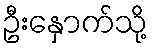
ဦးနှောက်သို့